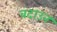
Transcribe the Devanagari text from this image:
बदाउन